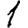
Digit: 1